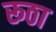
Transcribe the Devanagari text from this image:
रूठा